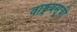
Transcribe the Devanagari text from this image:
वाङ्मयसूची